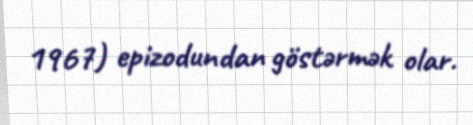
1967) epizodundan göstərmək olar.